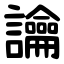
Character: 讑